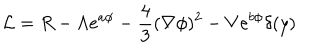
LaTeX: { \cal L } = R - \Lambda e ^ { a \phi } - \frac { 4 } { 3 } ( \nabla \phi ) ^ { 2 } - V e ^ { b \phi } \delta ( y )